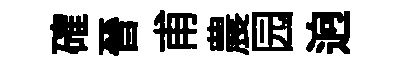
確晉甫農园逈